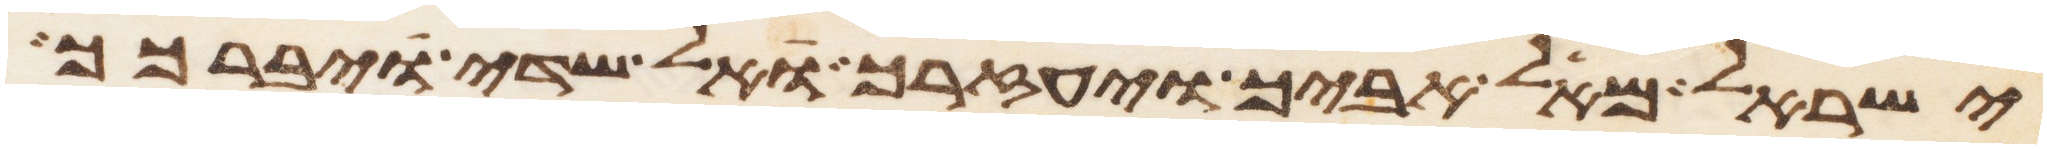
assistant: ישראל מאל אביך ויעזרך אל שדי ויברכך